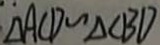
\Delta A C D \sim \Delta C B D